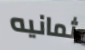
ثمانيه